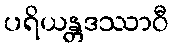
ပရိယန္တဒဿာဝီ